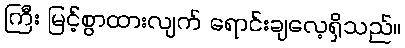
ကြီး မြင့်စွာထားလျက် ရောင်းချလေ့ရှိသည်။